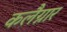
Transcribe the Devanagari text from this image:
कलैग्नार